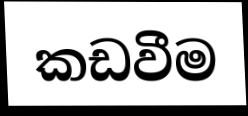
කඩවීම